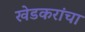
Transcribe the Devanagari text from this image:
खेडकरांचा